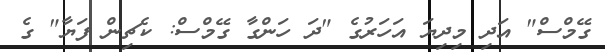
ގޭމްސް" އަދި މިދިޔަ އަހަރުގެ "ދަ ހަންގާ ގޭމްސް: ކެޗިން ފަޔާ" ގެ